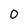
Character: 0